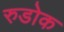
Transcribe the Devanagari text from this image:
रुडोक